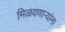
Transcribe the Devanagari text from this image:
मिळवणाऱ्यांना